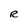
Character: R